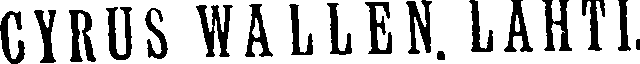
CYRUS WALLEN LAHTI